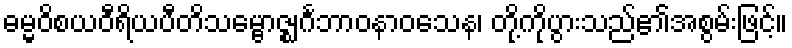
ဓမ္မဝိစယဝီရိယပီတိသမ္ဗောဇ္ဈင်္ဂဘာဝနာဝသေန၊ တို့ကိုပွားသည်၏အစွမ်းဖြင့်။